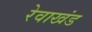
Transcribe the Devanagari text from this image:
रेवाखंड